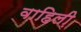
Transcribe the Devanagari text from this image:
वाहिली़